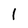
Character: 1